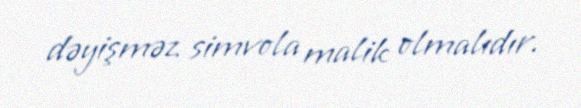
dəyişməz simvola malik olmalıdır.